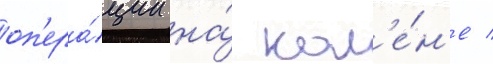
оп'ера́ции на́ кол'е́н'е /